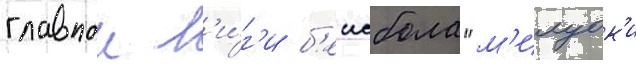
главнои л'и́г'и б'еисбола "м'илуок'и